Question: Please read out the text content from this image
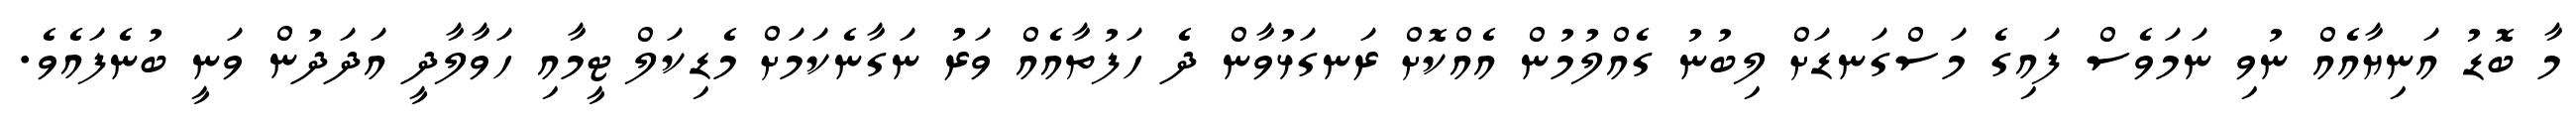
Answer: މާ ބޮޑު އަނިޔާއެއް ނުވި ނަމަވެސް ފައިގެ މަސްގަނޑަށް ލިބުނު ގެއްލުމުން އެއްކޮށް ރަނގަޅުވާން ދެ ހަފުތާއެއް ވަރު ނަގާނެކަމަށް މެޑިކަލް ޓީމާއި ހަވާލާދީ އަދަދުން ވަނީ ބުނެފައެވެ.